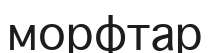
морфтар